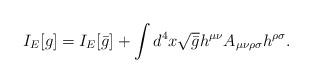
LaTeX: \begin{align*}I_E[g]=I_E[\bar{g}]+\int d^4x\sqrt{\bar{g}}h^{\mu\nu}A_{\mu\nu\rho\sigma}h^{\rho\sigma} .\end{align*}